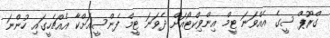
ގްރޫޕް ސީގެ އެއްވަނަ ޓީމް އިންވިކްޓޯއަށް ދެވަނަ ޓީމް ފެންސީއަށްކާ އެއްޗެހީގައި ހުންނަ